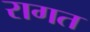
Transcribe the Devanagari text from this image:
रागत